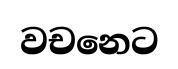
වචනෙට